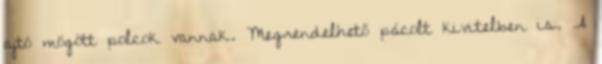
ajtó mögött polcok vannak. Megrendelhető pácolt kivitelben is. A